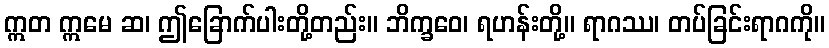
ဣတ ဣမေ ဆ၊ ဤခြောက်ပါးတို့တည်း။ ဘိက္ခဝေ၊ ရဟန်းတို့။ ရာဂဿ၊ တပ်ခြင်းရာဂကို။